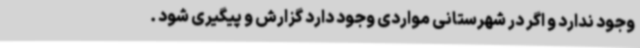
وجود ندارد و اگر در شهرستانی مواردی وجود دارد گزارش و پیگیری شود .